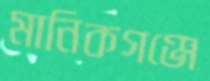
মানিকগঞ্জে